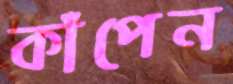
কাঁপেন